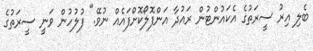
ބެލި އިރު ސީރަތުގެ އެކައުންޓުން ރައުދާ އަންފޮލޯކޮށްފައެއް ނުވޭ." ފުލުހުން ވަނީ ސީރަތުގެ